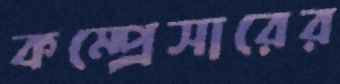
কম্প্রেসারের